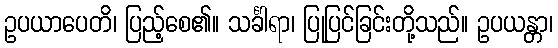
ဥပယာပေတိ၊ ပြည့်စေ၏။ သင်္ခါရာ၊ ပြုပြင်ခြင်းတို့သည်။ ဥပယန္တာ၊